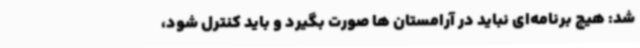
شد: هیچ برنامه‌ای نباید در آرامستان ها صورت بگیرد و باید کنترل شود،